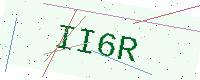
Text: II6R